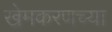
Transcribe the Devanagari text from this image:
खेमकरणच्या